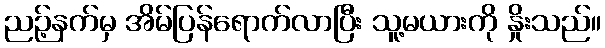
ညဉ့်နက်မှ အိမ်ပြန်ရောက်လာပြီး သူ့မယားကို နှိုးသည်။